Civil Veterinary Department. United Provinces 1912-22 - 1912-1922
Year: 1912
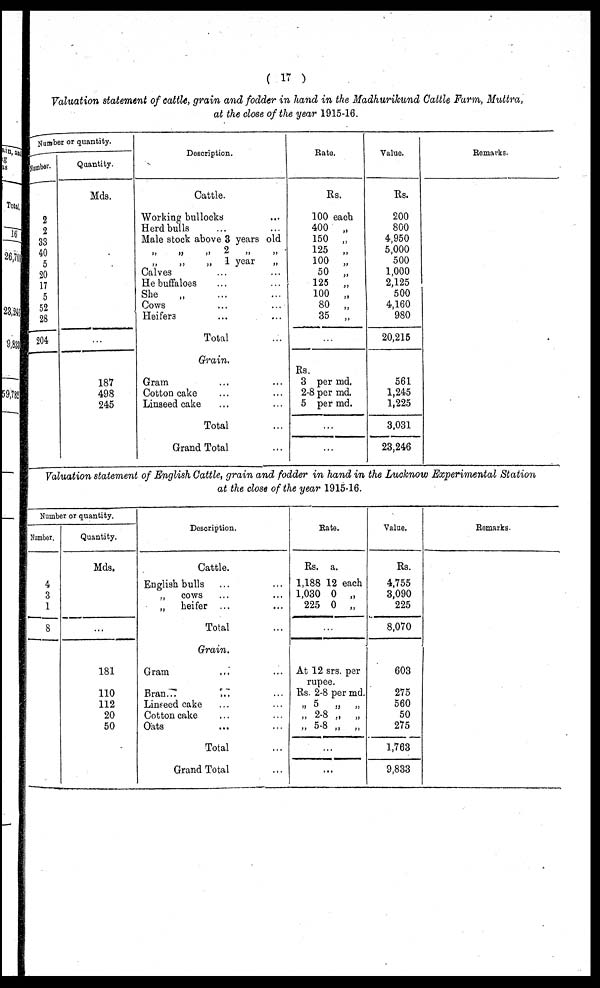
( 17 )
Valuation statement of cattle, grain and fodder in hand in the Madhurikund Cattle Farm, Muttra,
at the close of the year 1915-16.
Number or quantity.
dumber.
2
2
33
40
5
20
17
5
52
28
204
Quantity.
Mds.
...
187
498
245
Description.
Cattle.
Working bullocks ...
Herd bulls ... ...
Male stock above 3 years old
„ „ „ 2 „ „
„ „ „ 1 year „
Calves ... ...
He buffaloes ... ...
She „ ... ...
Cows ... ...
Heifers ... ...
Total ...
Grain.
Gram ... ...
Cotton cake ... ...
Linseed cake ... ...
Total ...
Grand Total ...
Rate.
Rs.
100 each
400 „
150 „
125 „
100 „
50 „
125 „
100 „
80 „
35 „
...
Rs.
3 per md.
2-8 per md.
5 per md.
...
...
Value.
Rs.
200
800
4,950
5,000
500
1,000
2,125
500
4,160
980
20,215
561
1,245
1,225
3,031
23,246
Remarks.
Valuation statement of English Cattle, grain and fodder in hand in the Lucknow Experimental Station
at the close of the year 1915.16.
Number or quantity.
Number.
4
3
1
8
Quantity.
Mds.
181
110
112
20
50
Description.
Cattle.
English bulls
., cows ... ...
„ heifer ... ...
Total
Grain.
Gram ... ...
Bran... ... ...
Linseed cake ... ...
Cotton cake ... ...
Oats ... ...
Total ...
Grand Total ...
Rate.
Rs. a.
1,188 12 each
1,030 0 „
225 0 „
...
At 12 srs. per
rupee.
Rs. 2-8 per md.
„ 5 „ „
„ 2-8 „ „
„. 5-8 „ „
...
...
Value.
Rs.
4,755
3,090
225
8,070
603
275
560
50
275
1,763
9,833
Remarks.